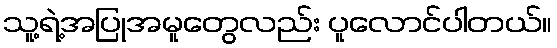
သူ့ရဲ့အပြုအမူတွေလည်း ပူလောင်ပါတယ်။